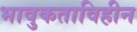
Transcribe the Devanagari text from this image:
भावुकताविहीन